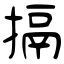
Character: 搹